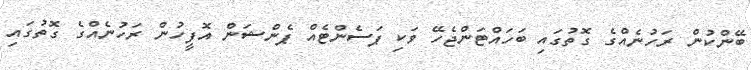
ބޭންކުން ރަހުނެއްގެ ގޮތުގައި ބަހައްޓަންޖެހޭ ވަކި ޕަސެންޓެއް ޕެންޝަން އޮފީހުން ރަހުނެއްގެ ގޮތުގައި